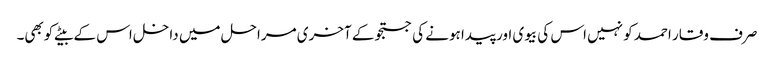
صرف وقار احمد کو نہیں اس کی بیوی اور پیدا ہونے کی جستجو کے آخری مراحل میں داخل اس کے بیٹے کوبھی۔